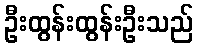
ဦးထွန်းထွန်းဦးသည်